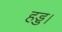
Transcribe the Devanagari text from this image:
हड्ड।